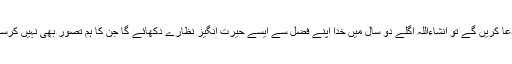
اگر دعا کریں گے تو انشاءاللہ اگلے دو سال میں خدا اپنے فضل سے ایسے حیرت انگیز نظارے دکھائے گا جن کا ہم تصور بھی نہیں کرسکتے۔